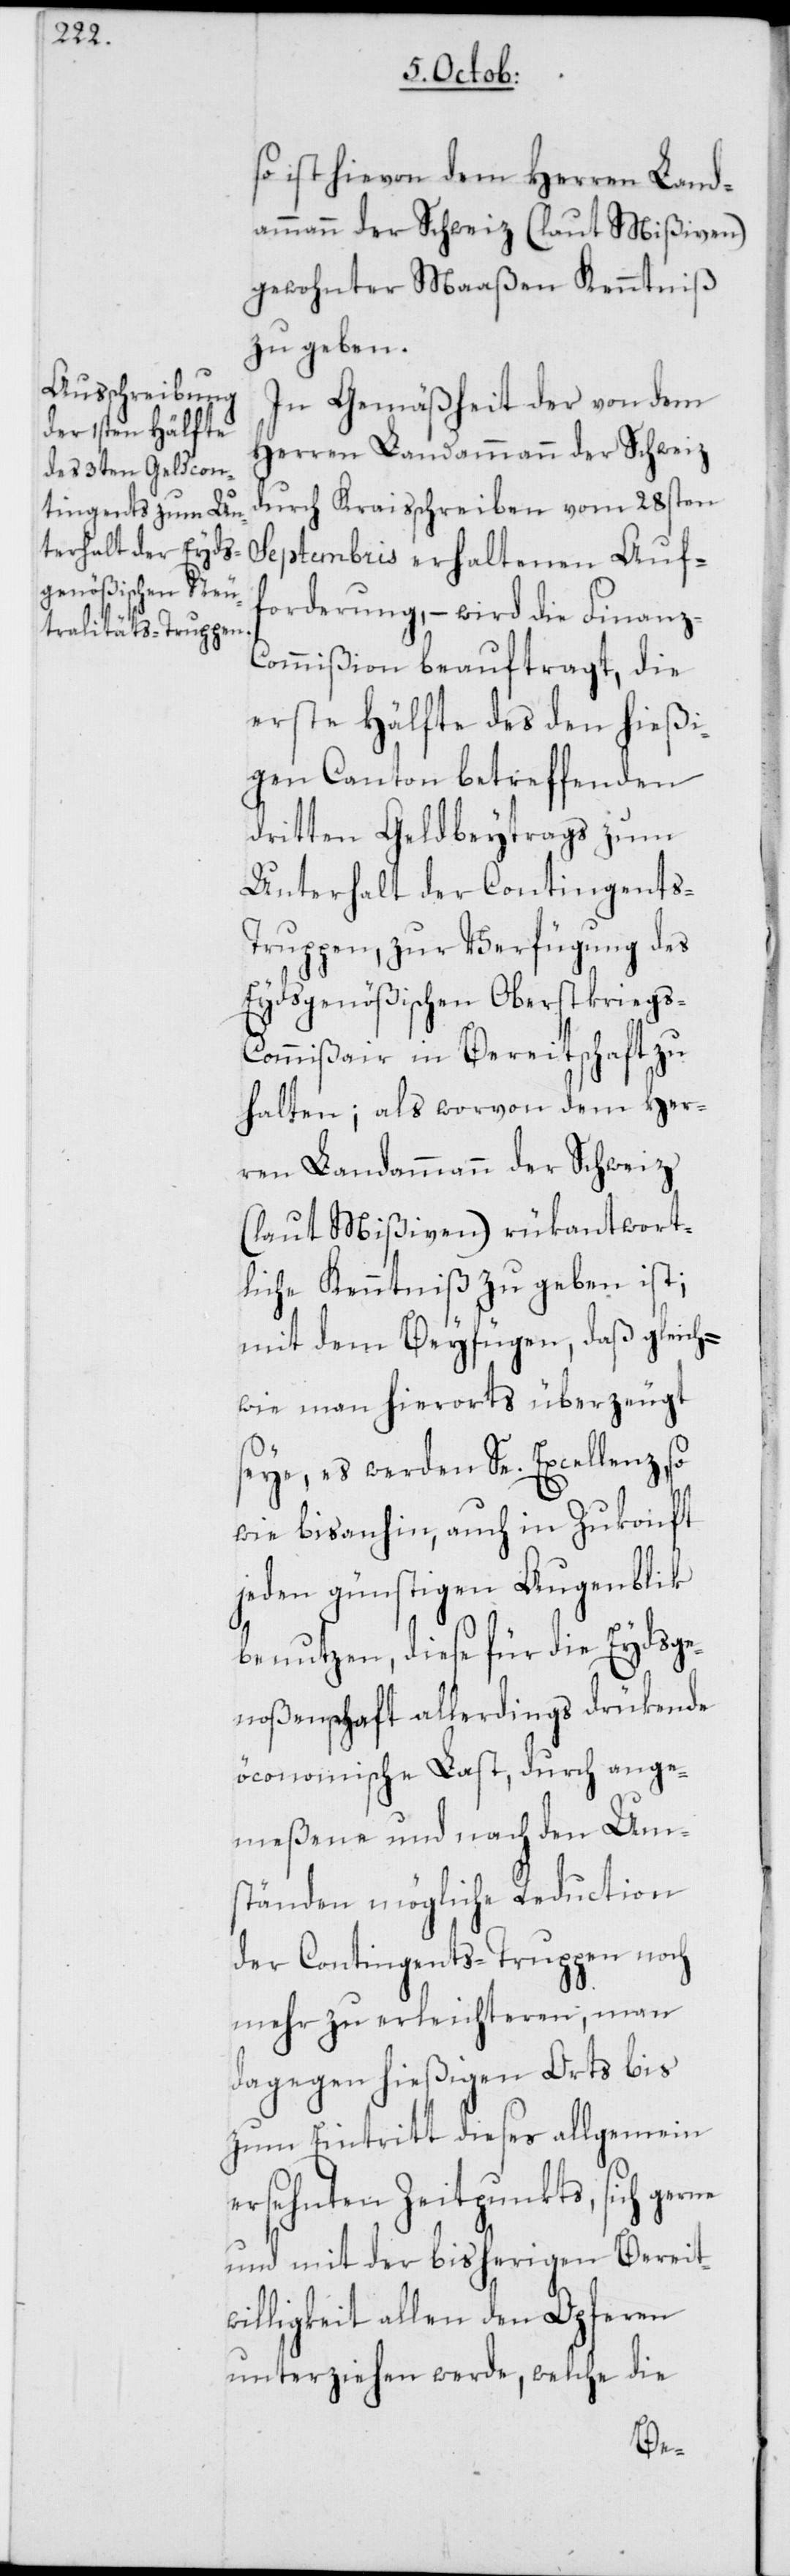
so ist hievon dem Herren Land¬
ammann der Schweiz (laut Mißiven)
gewohnter Maaßen Kenntniß
zu geben.
In Gemäßheit der von dem
Herren Landammann der Schweiz
durch Kraisschreiben vom 28sten
Septembris erhaltenen Auf¬
forderung, – wird die Finanz-C¬
ommißion beauftragt, die
erste Hälfte des den hießi¬
gen Canton betreffenden
dritten Geldbeytrags zum
Unterhalt der Contingent¬
s-Truppen, zur Verfügung des
Eydsgenößischen Oberstkriegs-C¬
ommißair in Bereitschaft zu
halten; als worvon dem Her¬
ren Landammann der Schweiz
(laut Mißiven) rükantwort¬
liche Kenntniß zu geben ist;
mit dem Beyfügen, daß gleich¬
wie man hierorts überzeugt
seye, es werden Se. Excellenz, so
wie bis anhin, auch in Zukonft
jeden günstigen Augenblik
benutzen, diese für die Eydsge¬
noßenschaft allerdings drükende
öconomische Last, durch ange¬
meßene und nach den Um¬
ständen mögliche Reduction
der Contingents-Truppen noch
mehr zu erleichteren, man
dagegen hießigen Orts bis
zum Eintritt dieses allgemein
ersehnten Zeitpunkts, sich gerne
und mit der bisherigen Bereit¬
willigkeit allen den Opferen
unterziehen werde, welche die